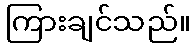
ကြားချင်သည်။